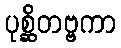
ပုစ္ဆိတဗ္ဗကာ